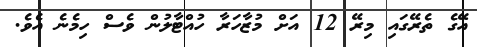
އޭގެ ތެރޭގައި މިރޭ 12 އަށް މުޒާހަރާ ހުއްޓާލުން ވެސް ހިމެނެ އެވެ.